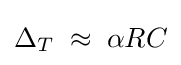
\Delta _{T}\;\approx \;\alpha RC